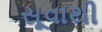
સૂવાથી